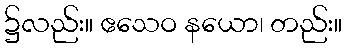
၌လည်း။ ဧသေဝ နယော၊ တည်း။